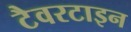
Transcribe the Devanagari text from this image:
टैवरटाइन